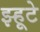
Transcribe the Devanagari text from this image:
झ्हूटे